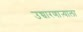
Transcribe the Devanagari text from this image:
उच्चारणाऱ्याला